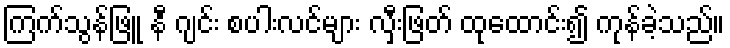
ကြက်သွန်ဖြူ နီ ဂျင်း စပါးလင်များ လှီးဖြတ် ထုထောင်း၍ ကုန်ခဲ့သည်။